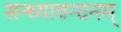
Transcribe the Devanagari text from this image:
सन्ध्यावन्दनम्